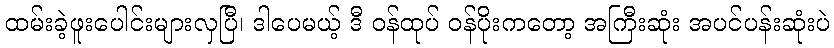
ထမ်းခဲ့ဖူးပေါင်းများလှပြီ၊ ဒါပေမယ့် ဒီ ဝန်ထုပ် ဝန်ပိုးကတော့ အကြီးဆုံး အပင်ပန်းဆုံးပဲ